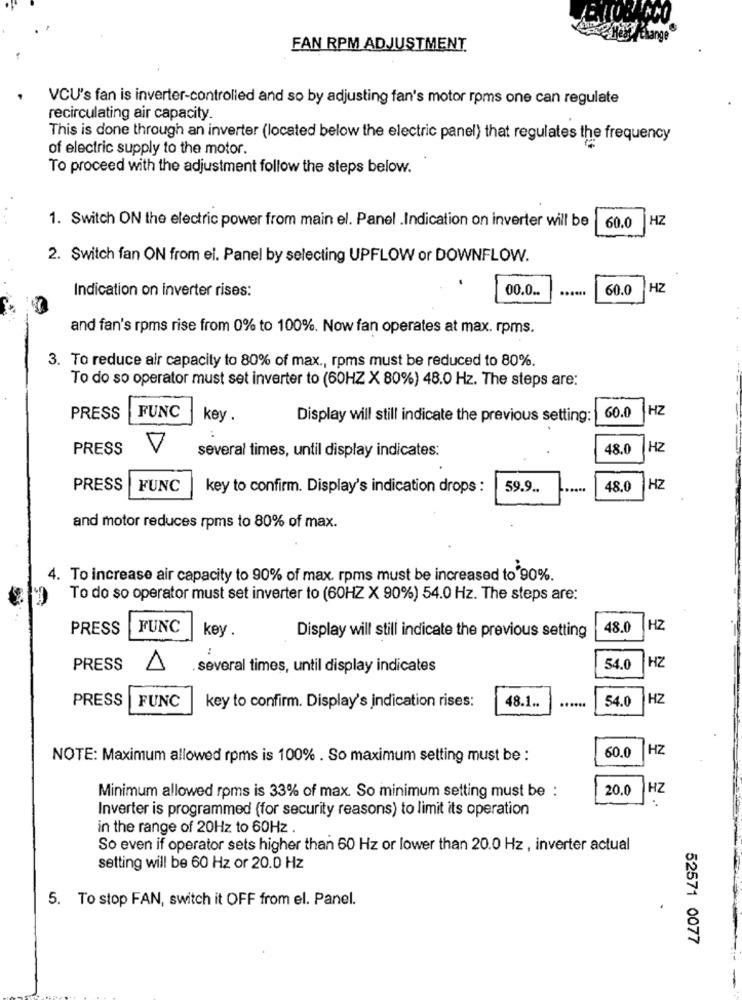
Hilfesange
FAN RPM ADJUSTMENT.
VCU's fan is inverter-controlled and so by adjusting fan's motor roms one can regulate
recirculating air capacity.
This is done through an inverter (located below the electric panel) that regulates the frequency
of electric supply to the motor.
To proceed with the adjustment follow the steps below.
HZ
1. Switch ON the electric power from main el. Panel .Indication on inverter will be
60.0
2. Switch fan ON from ei. Panel by selecting UPFLOW or DOWNFLOW.
Indication on inverter rises:
00.0 ..
......
60.0
HZ
and fan's roms rise from 0% to 100%. Now fan operates at max. rpms.
3. To reduce air capacity to 80% of max ., roms must be reduced to 80%.
To do so operator must set inverter to (60HZ X 80%) 48.0 Hz. The steps are:
FUNC
HZ
PRESS
key .
Display will still indicate the previous setting:
60.0
PRESS
several times, until display indicates:
48.0
HZ
PRESS
FUNC
key to confirm. Display's indication drops :
59.9 ..
48,0
HZ
and motor reduces rpms to 80% of max.
4. To increase air capacity to 90% of max. rpms must be increased to'90%.
To do so operator must set inverter to (60HZ X 90%) 54.0 Hz. The steps are:
PRESS
FUNC
key.
48.0
HZ
Display will still indicate the previous setting
:
HZ
PRESS
several times, until display indicates
54.0
PRESS
FUNC
......
54.0
HZ
key to confirm. Display's indication rises:
48.1 ..
HZ
NOTE: Maximum allowed rpms is 100% . So maximum setting must be :
60.0
20.0
HZ
Minimum allowed rpms is 33% of max. So minimum setting must be :
Inverter is programmed (for security reasons) to limit its operation
in the range of 20Hz to 60Hz
So even if operator sets higher than 60 Hz or lower than 20.0 Hz, inverter actual
setting will be 60 Hz or 20.0 Hz
5. To stop FAN, switch it OFF from el. Panel.
52571 0077